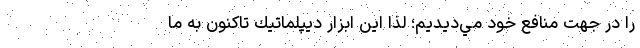
را در جهت منافع خود مي‌ديديم؛ لذا اين ابزار ديپلماتيك تاكنون به ما